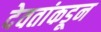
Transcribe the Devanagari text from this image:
देवतांकडून